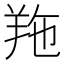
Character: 𦍥